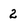
Character: 2